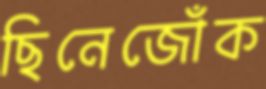
ছিনেজোঁক